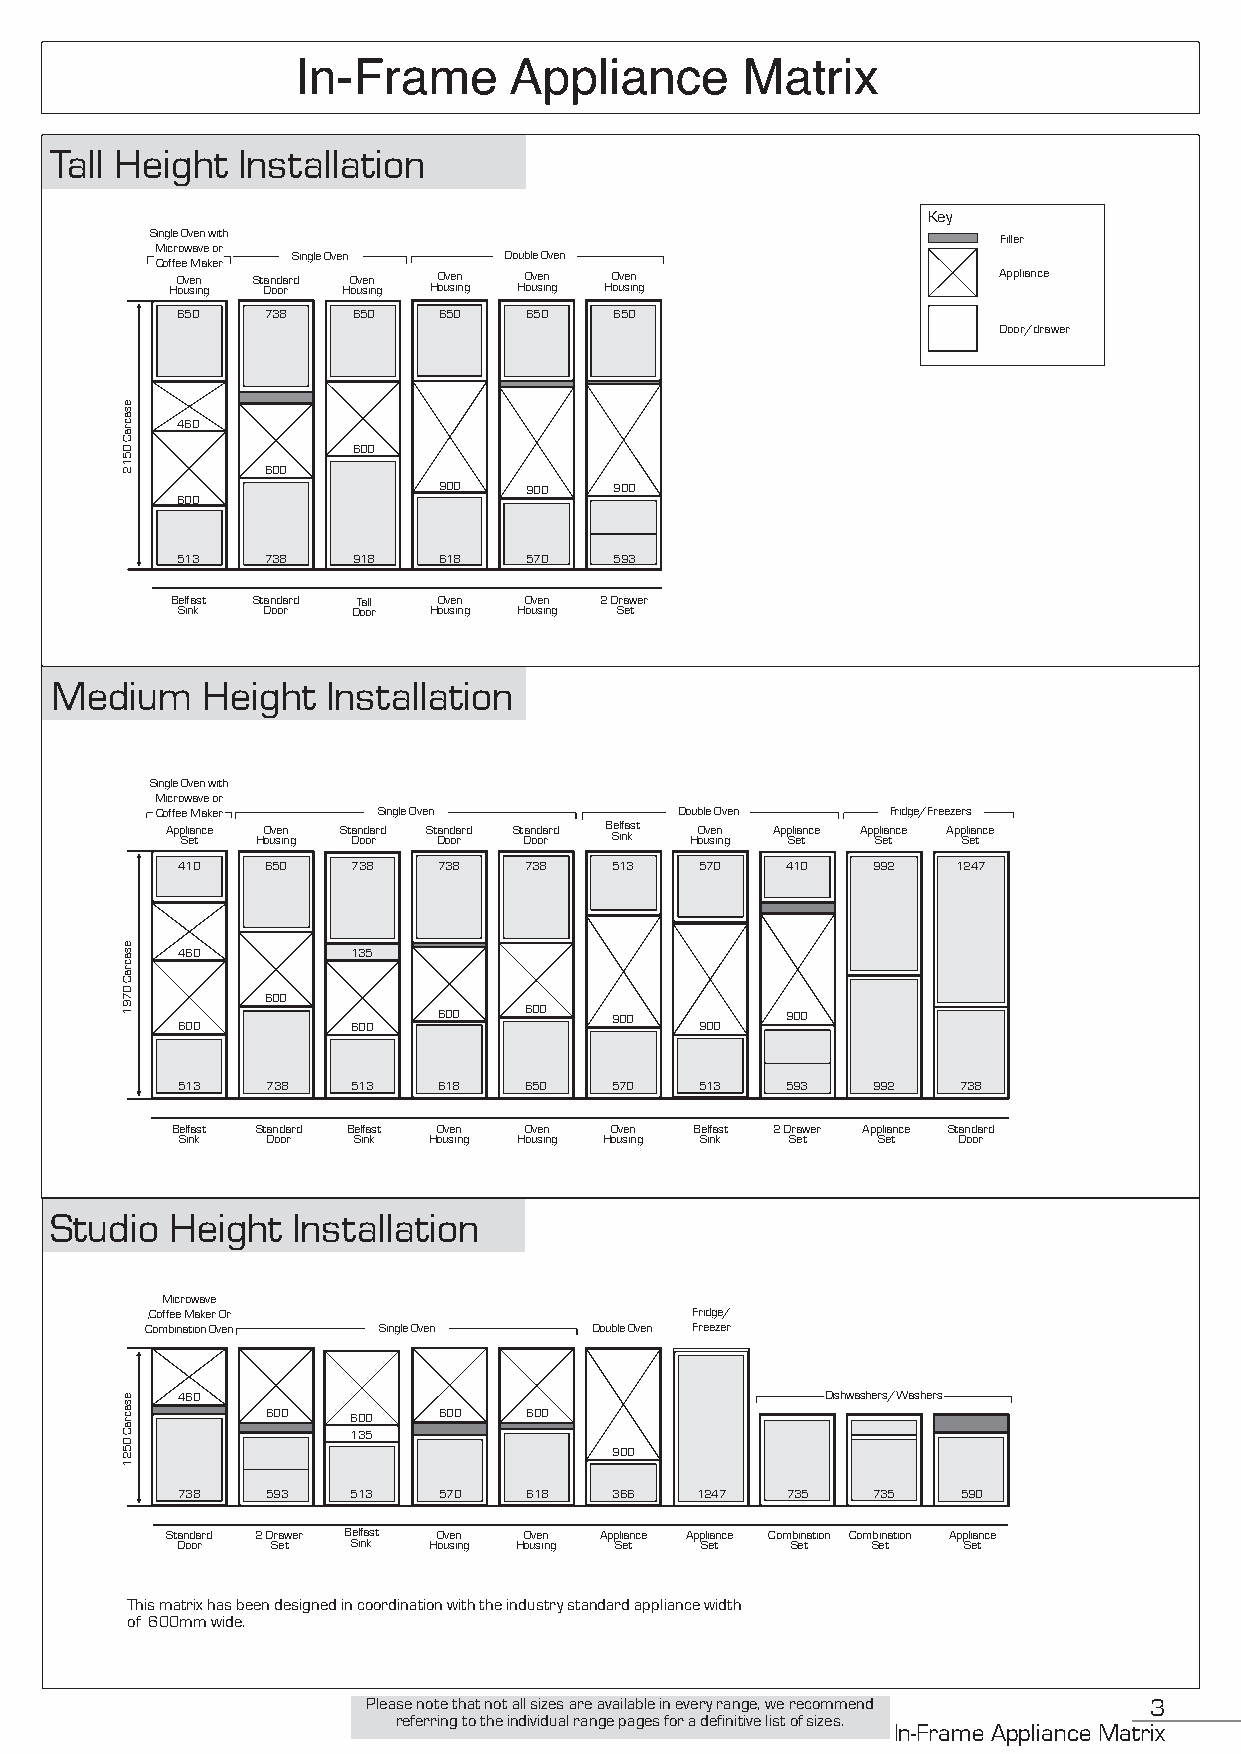
In-Frame      Appliance      Matrix
 Tall Height  Installation
 Key
 Single Oven with                                        Filler
 Microwave or
 Single Oven   Double Oven
 Coffee Maker
 Oven Standard Oven Oven Oven Oven                     Appliance
 Housing Door Housing Housing Housing Housing
 650   738  650   650   650   650
 Door/drawer
 460
 600
 600
 900   900   900
 600
 513   738  918   618   570   593
 Belfast Standard Tall Oven Oven 2 Drawer
 Sink Door  Door Housing Housing Set
 Medium    Height   Installation
 Single Oven with
 Microwave or
 Coffee Maker   Single Oven         Double Oven   Fridge/Freezers
 App Sli ea tnce HO ouve sin
 n g
 St Dan od oa rrd St Dan od oa rrd St Dan od oa rrd B Sel if na kst HO ouve sin
 n g
 App Sli ea tnce App Sli ea tnce App Sli ea tnce
 410   650  738   738   738  513   570   410   992  1247
 460        135
 600
 600   600  900         900
 600        600                    900
 513   738  513   618   650  570   513   593   992  738
 Belfast Standard Belfast Oven Oven Oven Belfast 2 Drawer Appliance Standard
 Sink  Door Sink Housing Housing Housing Sink Set Set Door
 Studio  Height  Installation
 Microwave
 ,Coffee Maker Or                    Fridge/
 Combination Oven Single Oven Double Oven Freezer
 460                                        Dishwashers/Washers
 600  600   600   600
 135
 900
 738   593  513   570   618   366  1247  735   735   590
 Standard 2 Drawer Belfast Oven Oven Appliance Appliance Combination Combination Appliance
 Door  Set  Sink Housing Housing Set Set Set   Set   Set
 This matrix has been designed in coordination with the industry standard appliance width
 of 600mm wide.
 Please note that not all sizes are available in every range, we recommend 3
 referring to the individual range pages for a definitive list of sizes.
 In-Frame Appliance Matrix
 esacraC
 0512
 esacraC
 0791
 esacraC
 0521